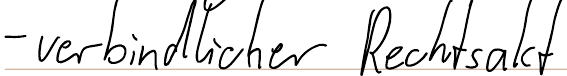
- verbindlicher Rechtsakt